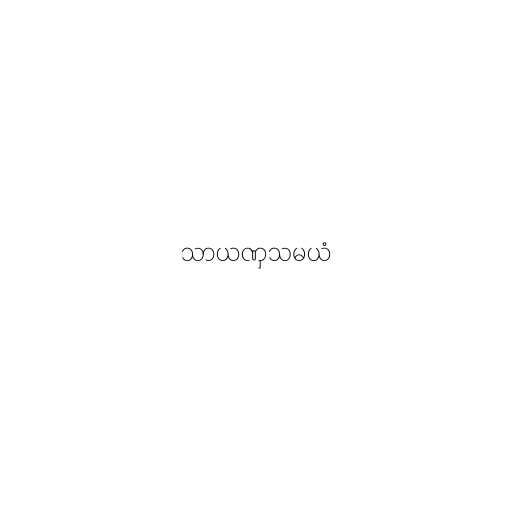
သာယဏှသမယံ